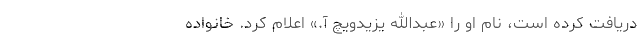
دریافت کرده است، نام او را «عبدالله یزیدویچ آ.» اعلام کرد. خانواده